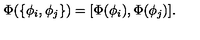
\Phi ( \{ \phi _ { i } , \phi _ { j } \} ) = [ \Phi ( \phi _ { i } ) , \Phi ( \phi _ { j } ) ] .